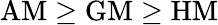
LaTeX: {\mathrm{AM}}\geq{\mathrm{GM}}\geq{\mathrm{HM}}